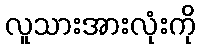
လူသားအားလုံးကို